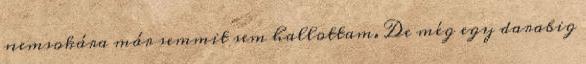
nemsokára már semmit sem hallottam. De még egy darabig